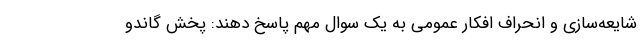
شایعه‌سازی و انحراف افکار عمومی به یک سوال مهم پاسخ دهند: پخش گاندو